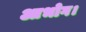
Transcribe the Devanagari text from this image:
आभोग।